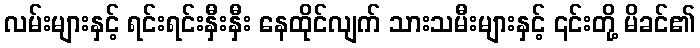
လမ်းများနှင့် ရင်းရင်းနှီးနှီး နေထိုင်လျက် သားသမီးများနှင့် ၎င်းတို့ မိခင်၏